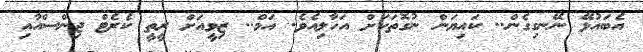
އެބައުޅޭ ނޭނގިގެން.. ކައިޔަން ނުގޮތަކަށް އަހާލިއެވެ. އަމް.. ޒިވީއަށް ރީތީ ކެރެޓް ޖިންސްއާއި